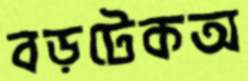
বড়টেকঅ